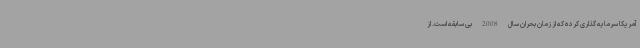
آمریکا سرمایه گذاری کرده که از زمان بحران سال 2008 بی سابقه است. از